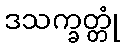
ဒသက္ခတ္တုံ